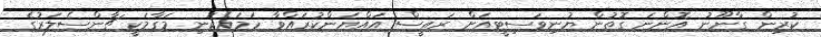
ކުރިން ގާނޫނު އޮންނަ ގޮތުން ޔުނިވަސިޓީއަށް ރައީސް އައްޔަންކުރައްވާ ހަމައެކަނި މަގާމަކީ ޗާންސެލަރުގެ